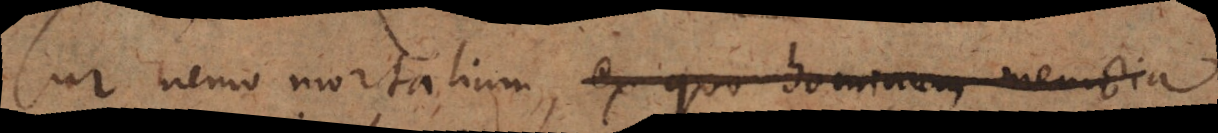
Cur nemo mortalium, ex quo hominum memoria